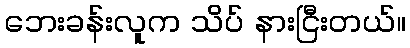
ဘေးခန်းလူက သိပ် နားငြီးတယ်။